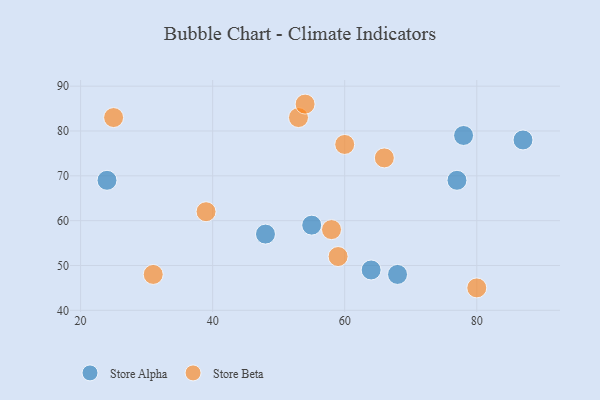
{"axis": {"x": "GDP", "y": "Life Expectancy"}, "legend": ["Store Alpha", "Store Beta"], "data": [{"x": "87", "y": 78, "type": "Store Alpha"}, {"x": "78", "y": 79, "type": "Store Alpha"}, {"x": "48", "y": 57, "type": "Store Alpha"}, {"x": "68", "y": 48, "type": "Store Alpha"}, {"x": "55", "y": 59, "type": "Store Alpha"}, {"x": "24", "y": 69, "type": "Store Alpha"}, {"x": "64", "y": 49, "type": "Store Alpha"}, {"x": "77", "y": 69, "type": "Store Alpha"}, {"x": "39", "y": 62, "type": "Store Beta"}, {"x": "60", "y": 77, "type": "Store Beta"}, {"x": "53", "y": 83, "type": "Store Beta"}, {"x": "80", "y": 45, "type": "Store Beta"}, {"x": "58", "y": 58, "type": "Store Beta"}, {"x": "59", "y": 52, "type": "Store Beta"}, {"x": "25", "y": 83, "type": "Store Beta"}, {"x": "54", "y": 86, "type": "Store Beta"}, {"x": "66", "y": 74, "type": "Store Beta"}, {"x": "31", "y": 48, "type": "Store Beta"}]}